Vaccination in Bombay 1874-1876 - 1874-1876
Year: 1874
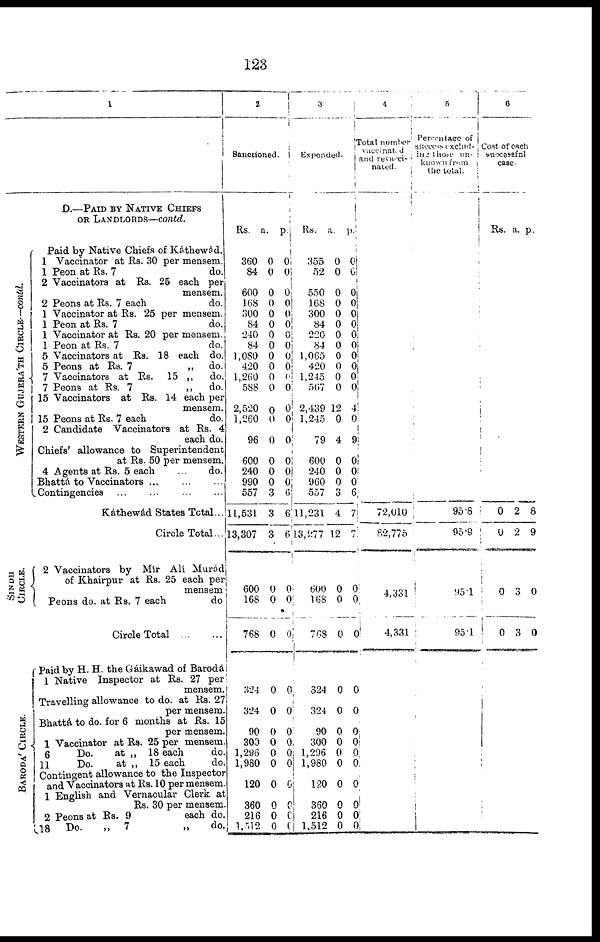
123
1
D.—PAID BY NATIVE CHIEFS
OR LANDLORDS—contd.
WESTERN GUJERA'TH CIRCLE—contd.
SINDH
CIRCLE.
BARODA' CIRCLE.
Paid by Native Chiefs of Kathewád.
1 Vaccinator at Rs. 30 per mensem.
1 Peon at Rs. 7
do.
2 Vaccinators at Rs. 25 each per
mensem.
2 Peons at Rs. 7 each
do.
1 Vaccinator at Rs. 25 per mensem.
1 Peon at Rs. 7
do.
1 Vaccinator at Rs. 20 per mensem.
1 Peon at Rs. 7
do.
5 Vaccinators at Rs. 18 each do.
5 Peons at Rs. 7
„ do.
7 Vaccinators at Rs. 15 „ do.
7 Peons at Rs. 7
„ do.
15 Vaccinators at Rs. 14 each per
mensem.
15 Peons at Rs. 7 each
do.
2 Candidate Vaccinators at Rs. 4
each do.
Chiefs' allowance to Superintendent
at Rs. 50 per mensem.
4 Agents at Rs. 5 each
...
do.
Bhattá to Vaccinators ...
Contingencies ... ... ... ...
Káthewád States Total...
Circle Total...
2 Vaccinators by Mir Ali Murád
of Khairpur at Rs. 25 each per
mensem
Peons do. at Rs. 7 each
do
Circle Total
Paid by H. H. the Gáikawad of Barodá
1 Native Inspector at Rs. 27 per
mensem.
Travelling allowance to do. at Rs. 27
per mensem.
Bhatta to do. for 6 months at Rs. 15
per mensem.
1 Vaccinator at Rs. 25 per mensem.
6
Do.
at „ 18 each
do.
11
Do.
at „ 15 each
do.
Contingent allowance to the Inspector
and Vaccinators at Rs. 10 per mensem.
1 English and Vernacular Clerk at
Rs. 30 per mensem.
2 Peons at Rs. 9
each do.
18 Do.
„ 7
„
do.
2
Sanctioned.
Rs.
360
84
600
168
300
84
240
84
1,080
420
1,260
588
2,520
1,260
96
600
240
990
557
11,531
13,307
600
168
768
324
324
90
300
1,296
1,980
120
360
216
1,512
a.
0
0
0
0
0
0
0
0
0
0
0
0
0
0
0
0
0
0
3
3
3
0
0
0
0
0
0
0
0
0
0
0
0
0
p.
0
0
0
0
0
0
0
0
0
0
0
0
0
0
0
0
0
0
6
6
6
0
0
0
0
0
0
0
0
0
6
0
0
0
3
Expended.
Rs.
355
52
550
168
300
84
220
84
1,065
420
1,245
567
2,439
1,245
79
600
240
960
557
11,231
13,277
600
168
768
324
324
90
300
1,296
1,980
120
360
216
1,512
a.
0
0
0
0
0
0
0
0
0
0
0
0
12
0
4
0
0
0
3
4
12
0
0
0
0
0
0
0
0
0
0
0
0
0
p.
0
0
0
0
0
0
0
0 0
0
0
0
4
0
9
0
0
0
6
7
7
0
0
0
0
0
0
0
0
0
0
0
0
0
4
Total number
vaccinated
and revacci¬
nated.
72,010
82,775
4,331
4,331
5
Percentage of
success exclud¬
ing those un-
known from
the total.
95.8
95.9
95.1
95.1
6
Cost of each
successful
case.
Rs.
0
0
0
0
a.
2
2
3
3
p.
8
9
0
0